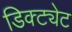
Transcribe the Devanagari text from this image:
डिक्ट्येट